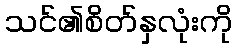
သင်၏စိတ်နှလုံးကို